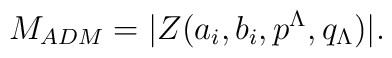
M_{ADM}=|Z(a_i,b_i,p^\Lambda,q_\Lambda)|.